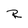
Character: R